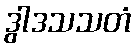
ဒွါဒသသတံ